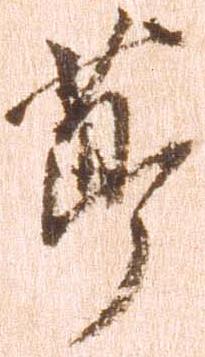
節